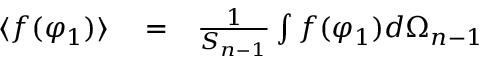
\begin{array} { r l r } { \langle f ( \varphi _ { 1 } ) \rangle } & { { } = } & { \frac { 1 } { S _ { n - 1 } } \int f ( \varphi _ { 1 } ) d \Omega _ { n - 1 } } \end{array}